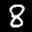
Label: 8